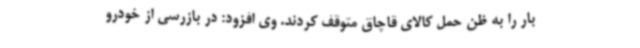
بار را به ظن حمل کالای قاچاق متوقف کردند. وی افزود: در بازرسی از خودرو